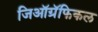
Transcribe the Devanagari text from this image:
जिऑग्रॅफिकल